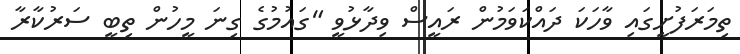
ތިމަރަފުށީގައި ވާހަކަ ދައްކަވަމުން ރައީސް ވިދާޅުވީ "ގައުމުގެ ގިނަ މީހުން ތިބީ ސަރުކާރާ